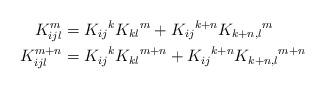
LaTeX: \begin{align*}K_{ijl}^{m} & =K_{ij}{}^{k}K_{kl}{}^{m}+K_{ij}{}^{k+n}K_{k+n,l}{}^{m}\\K_{ijl}^{m+n} & =K_{ij}{}^{k}K_{kl}{}^{m+n}+K_{ij}{}^{k+n}K_{k+n,l}{}^{m+n}\end{align*}